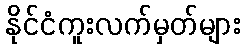
နိုင်ငံကူးလက်မှတ်များ